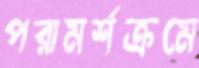
পরামর্শক্রমে